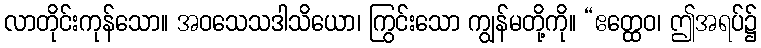
လာတိုင်းကုန်သော။ အဝသေသဒါသိယော၊ ကြွင်းသော ကျွန်မတို့ကို။ “ဧတ္ထေဝ၊ ဤအရပ်၌